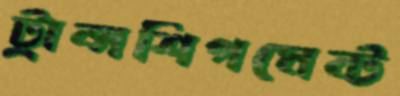
ট্রান্সশিপমেন্ট